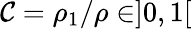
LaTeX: \mathcal{C}=\rho_{1}/\rho\in]0,1[